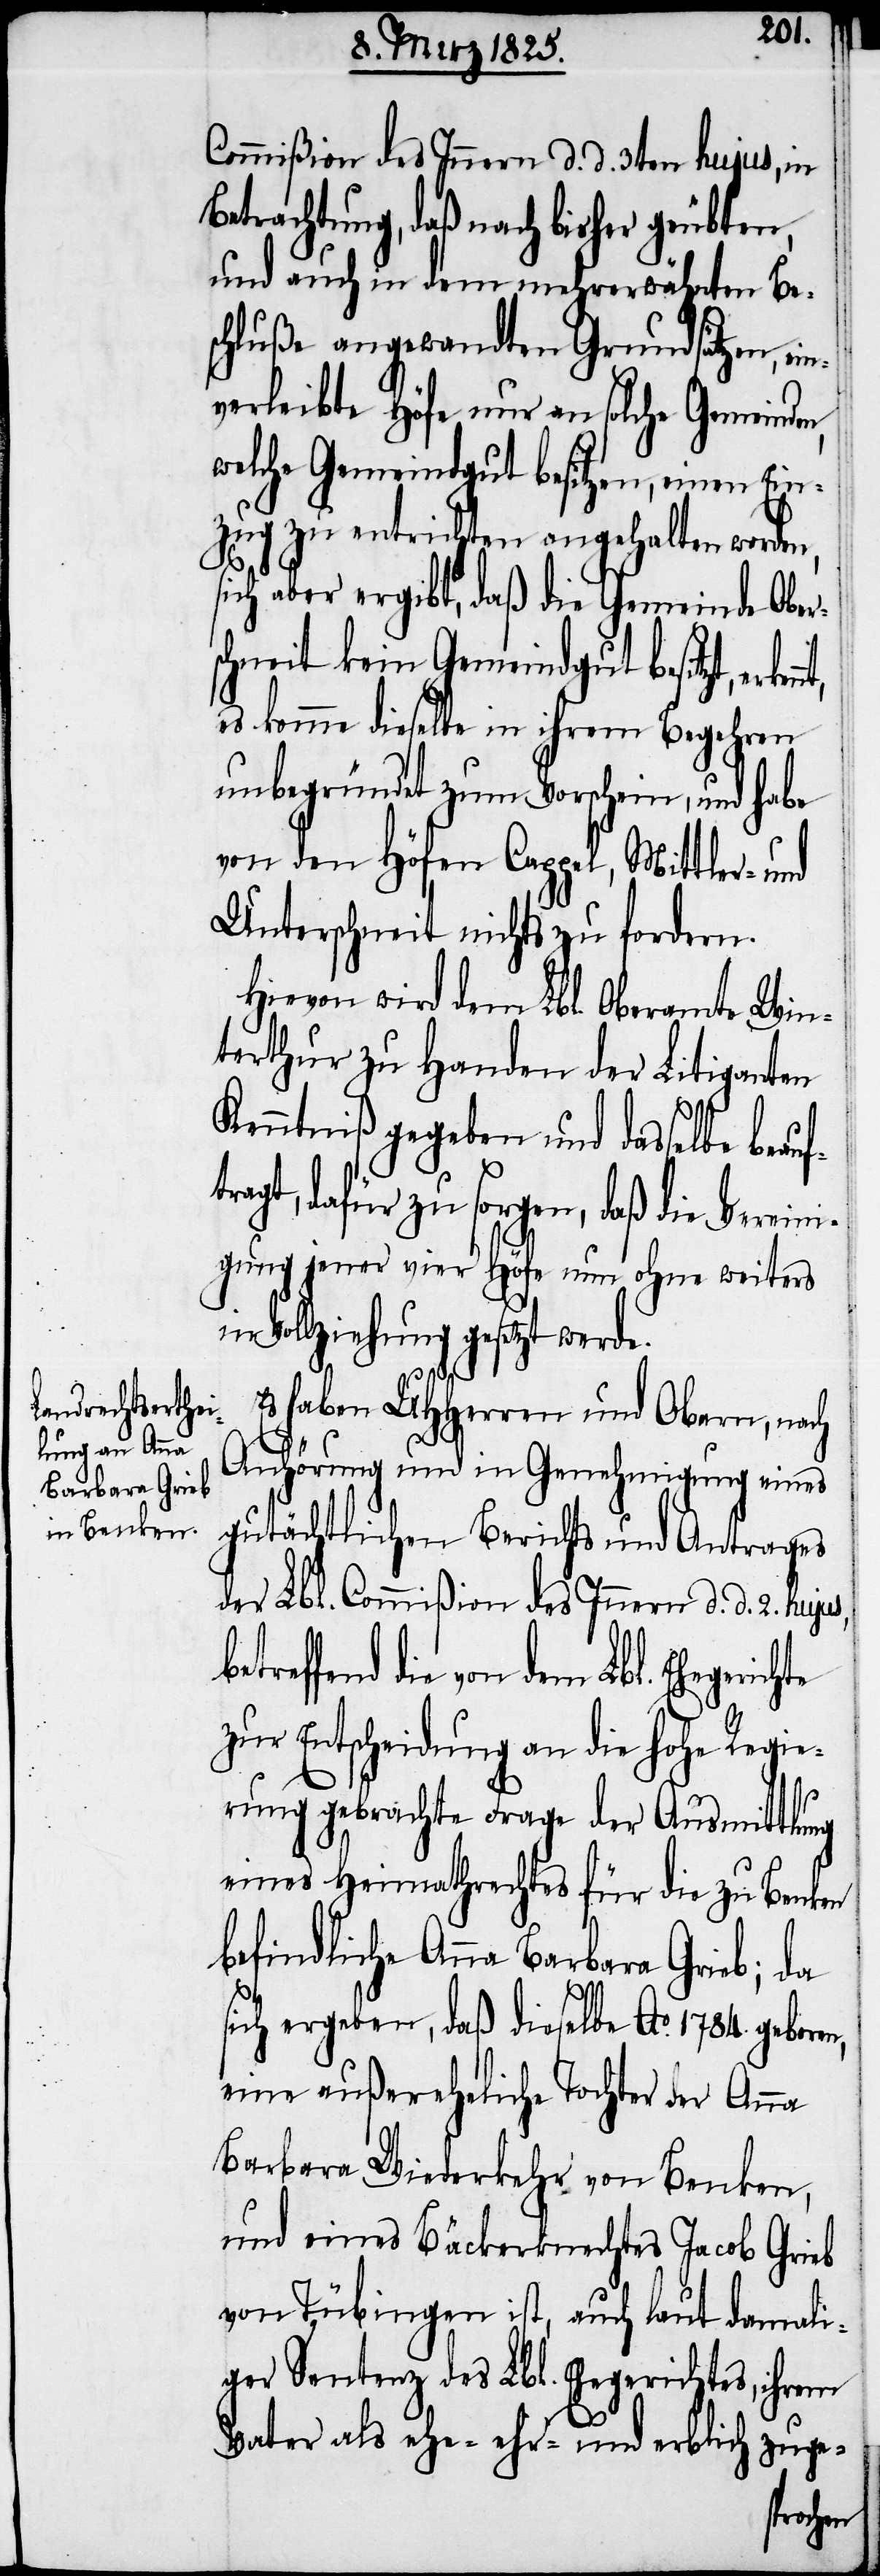
ein¬
Commißion des Innern d. d. 3ten hujus, in
Betrachtung, daß nach bisher geübten,
und auch in dem mehrerwähnten Be¬
schluße angewandten Grundsätzen,
verleibte Höfe nur an solche Gemeinden,
welche Gemeindgut besitzen, einen Ein¬
zug zu entrichten angehalten werden,
sich aber ergibt, daß die Gemeinde Ober¬
schneit kein Gemeindgut besitzt,
es komme dieselbe in ihrem Begehren
unbegründet zum Vorschein, und habe
von den Höfen Cappel, Mittler- und
Unterschneit nichts zu fordern.
Hievon wird dem Lbl. Oberamte Win¬
terthur zu Handen der Litiganten
Kenntniß gegeben und dasselbe beauf¬
tragt, dafür zu sorgen, daß die Vereini¬
gung jener vier Höfe nun ohne weiters
in Vollziehung gesetzt werde.
s, betr¬
Es haben UHHerren und Obern, nach
Anhörung und in Genehmigung eines
gutächtlichen Berichts und Antrages
der Lbl. Commißion des Innern d. d. 2. huju¬
effend die von dem Lbl. Ehege¬
zur Entscheidung an die hohe Regie¬
rung gebrachte Frage der Ausmittlung
eines Heimathrechtes für die zu Benken
befindliche Anna Barbara Grieb; da
sich ergeben, daß dieselbe Ao. 1784. gebo¬
eine außereheliche Tochter der Anna
Barbara Wiederkehr von Benken,
und eines Bäckerknechtes Jacob Grieb
von Tübingen ist, auch laut damali¬
ger Sentenz des Lbl. Ehegerichtes, ihrem
Vater als ehe- ehr- und erblich zuge-
ren,